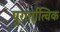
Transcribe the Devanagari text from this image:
पुरार्तात्विक